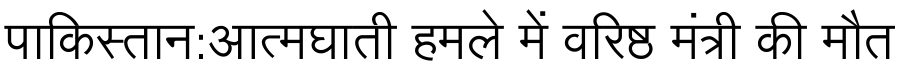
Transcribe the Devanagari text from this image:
पाकिस्तान:आत्मघाती हमले में वरिष्ठ मंत्री की मौत